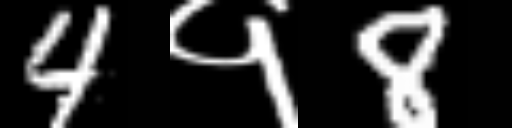
Text: 4१8